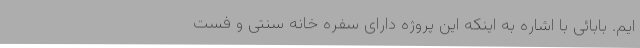
ایم. بابائی با اشاره به اینکه این پروژه دارای سفره خانه سنتی و فست